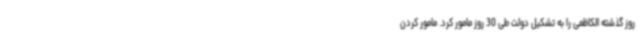
روز گذشته الکاظمی را به تشکیل دولت طی 30 روز مامور کرد. مامور کردن